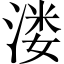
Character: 溇